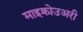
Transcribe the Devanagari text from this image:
माइक्रोउअरी